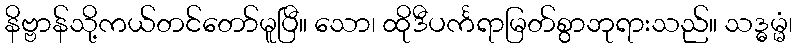
နိဗ္ဗာန်သို့ကယ်တင်တော်မူပြီ။ သော၊ ထိုဒီပင်္ကရာမြတ်စွာဘုရားသည်။ သဒ္ဓမ္မံ၊